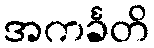
အကင်္ခတိ